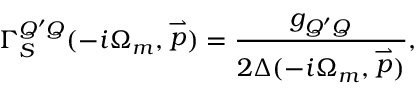
\Gamma _ { S } ^ { Q ^ { \prime } Q } ( - i \Omega _ { m } , \stackrel { \rightharpoonup } { p } ) = \frac { g _ { Q ^ { \prime } Q } } { 2 \Delta ( - i \Omega _ { m } , \stackrel { \rightharpoonup } { p } ) } ,